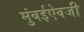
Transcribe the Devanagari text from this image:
मुंबईऐवजी